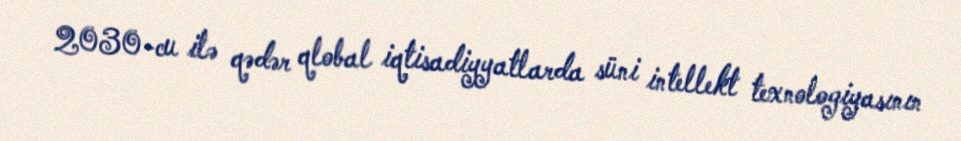
2030-cu ilə qədər qlobal iqtisadiyyatlarda süni intellekt texnologiyasının